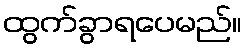
ထွက်ခွာရပေမည်။